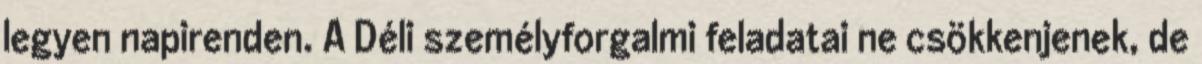
legyen napirenden. A Déli személyforgalmi feladatai ne csökkenjenek, de